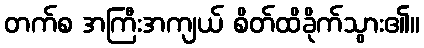
တက်စ အကြီးအကျယ် စိတ်ထိခိုက်သွား၏။